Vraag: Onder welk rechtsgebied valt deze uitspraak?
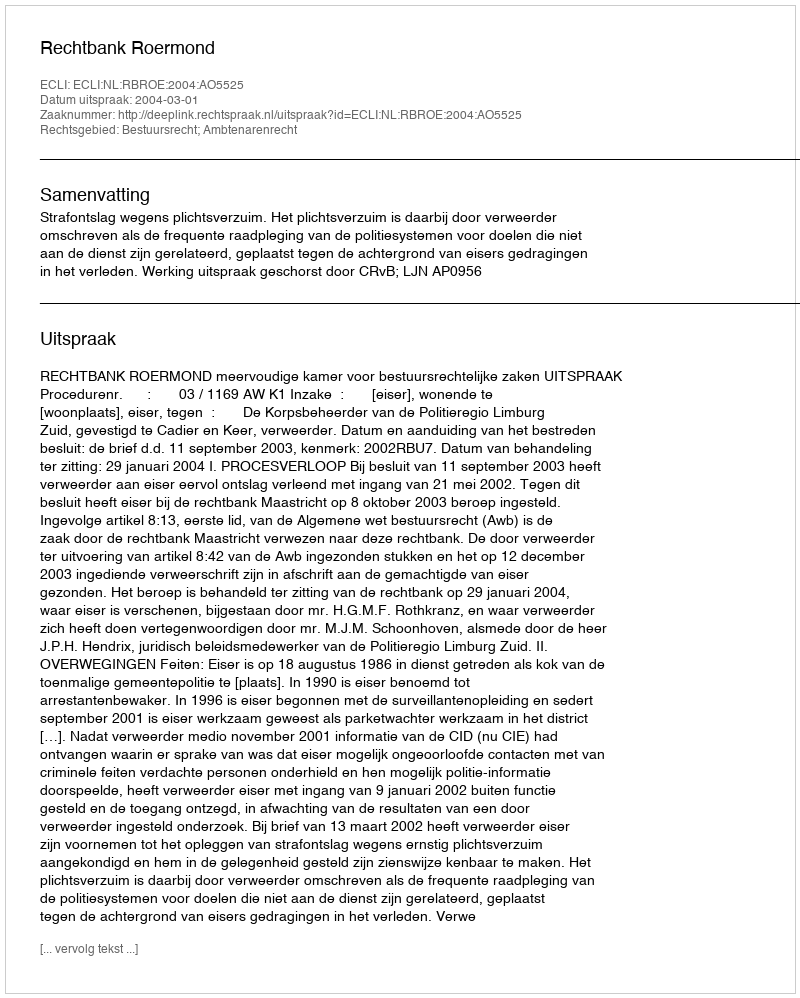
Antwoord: Bestuursrecht; Ambtenarenrecht